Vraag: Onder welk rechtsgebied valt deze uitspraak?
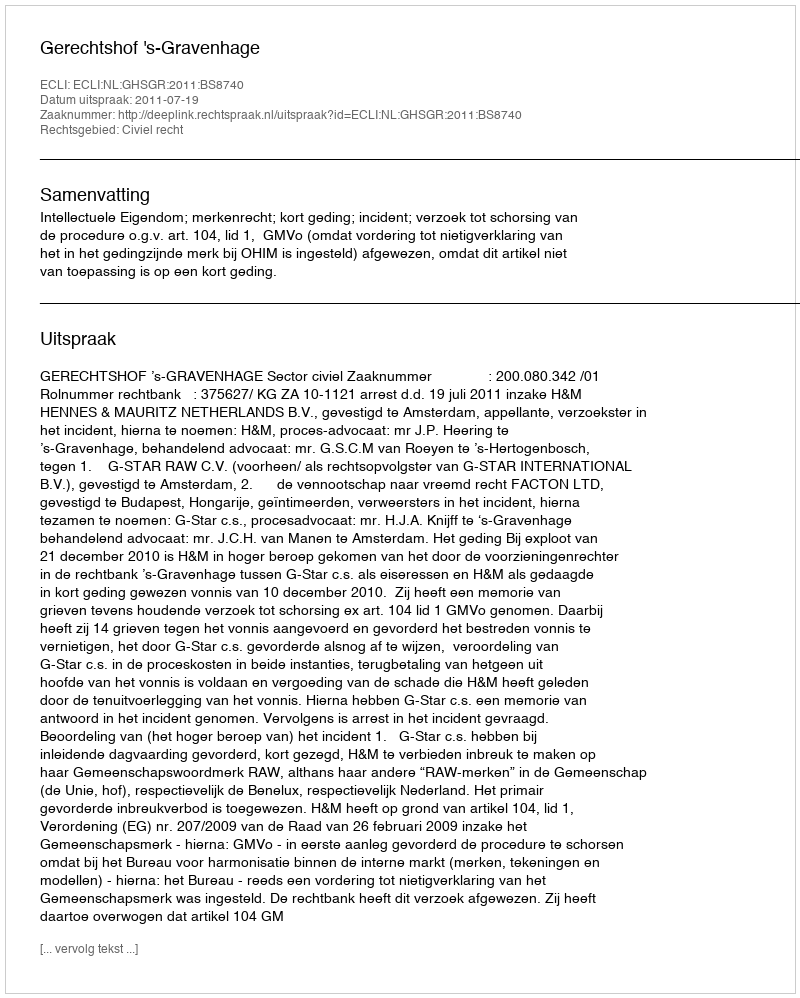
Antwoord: Civiel recht